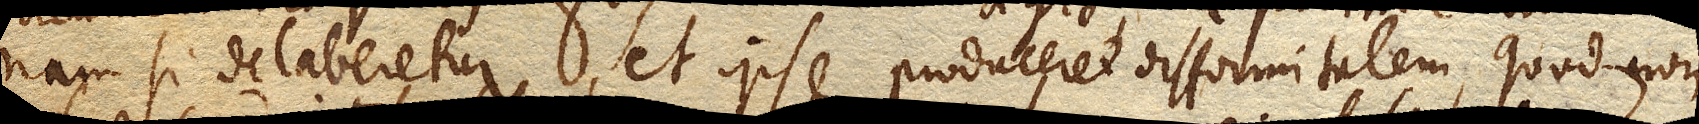
nam si delaberetur, et ipse produceret difformitatem, quod non